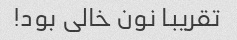
تقریبا نون خالی بود!